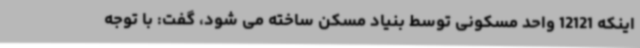
اینکه 12121 واحد مسکونی توسط بنیاد مسکن ساخته می شود، گفت: با توجه